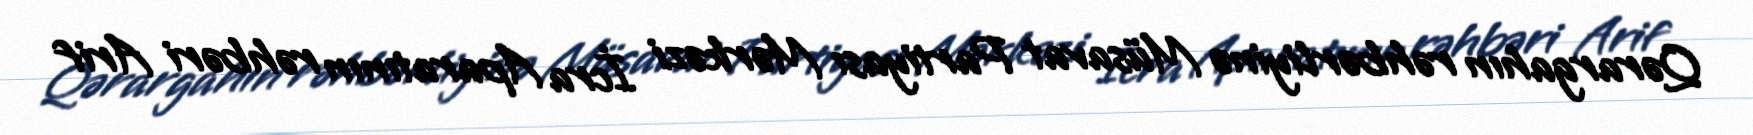
Qərargahın rəhbərliyinə Müsavat Partiyası Mərkəzi İcra Aparatının rəhbəri Arif